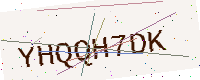
Text: YHQQH7DK